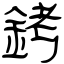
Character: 銬